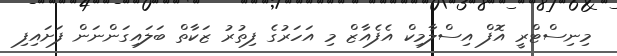
މިނިސްޓްރީ އޮފް އިސްލާމިކް އެފެއާޒް މި އަހަރުގެ ފިތުރު ޒަކާތް ބަލައިގަންނަން ފަށައިފި